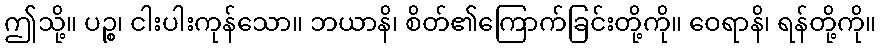
ဤသို့။ ပဉ္စ၊ ငါးပါးကုန်သော။ ဘယာနိ၊ စိတ်၏ကြောက်ခြင်းတို့ကို။ ဝေရာနိ၊ ရန်တို့ကို။